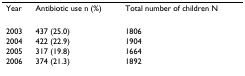
| Year | Antibiotic use n (%) | Total number of children N |
 | --- | --- | --- |
 | 2003 | 437 (25.0) | 1806 |
 | 2004 | 422 (22.9) | 1904 |
 | 2005 | 317 (19.8) | 1664 |
 | 2006 | 374 (21.3) | 1892 |